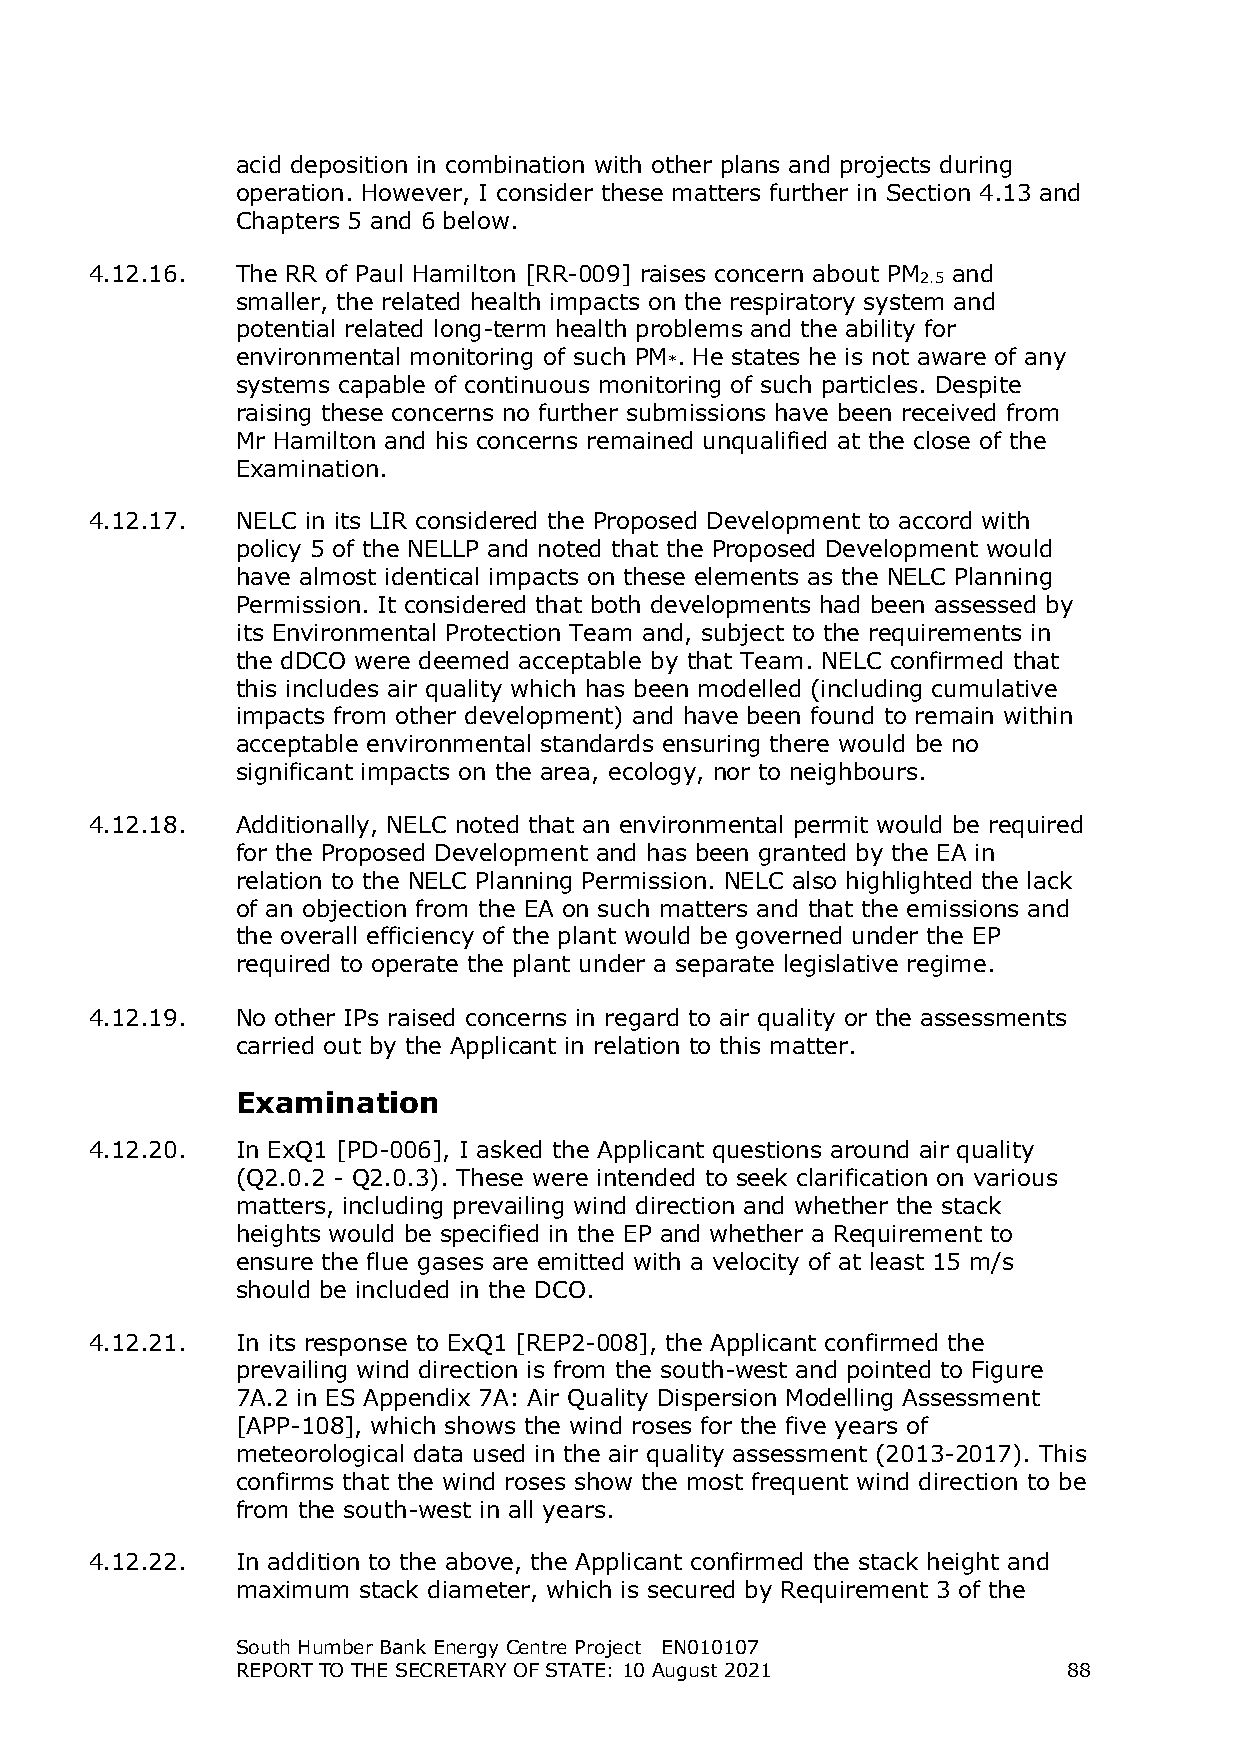
acid deposition in combination with other plans and projects during
 operation. However, I consider these matters further in Section 4.13 and
 Chapters 5 and 6 below.
 4.12.16.  The RR of Paul Hamilton [RR-009] raises concern about PM and
 2.5
 smaller, the related health impacts on the respiratory system and
 potential related long-term health problems and the ability for
 environmental monitoring of such PM . He states he is not aware of any
 *
 systems capable of continuous monitoring of such particles. Despite
 raising these concerns no further submissions have been received from
 Mr Hamilton and his concerns remained unqualified at the close of the
 Examination.
 4.12.17.  NELC in its LIR considered the Proposed Development to accord with
 policy 5 of the NELLP and noted that the Proposed Development would
 have almost identical impacts on these elements as the NELC Planning
 Permission. It considered that both developments had been assessed by
 its Environmental Protection Team and, subject to the requirements in
 the dDCO were deemed acceptable by that Team. NELC confirmed that
 this includes air quality which has been modelled (including cumulative
 impacts from other development) and have been found to remain within
 acceptable environmental standards ensuring there would be no
 significant impacts on the area, ecology, nor to neighbours.
 4.12.18.  Additionally, NELC noted that an environmental permit would be required
 for the Proposed Development and has been granted by the EA in
 relation to the NELC Planning Permission. NELC also highlighted the lack
 of an objection from the EA on such matters and that the emissions and
 the overall efficiency of the plant would be governed under the EP
 required to operate the plant under a separate legislative regime.
 4.12.19.  No other IPs raised concerns in regard to air quality or the assessments
 carried out by the Applicant in relation to this matter.
 Examination
 4.12.20.  In ExQ1 [PD-006], I asked the Applicant questions around air quality
 (Q2.0.2 - Q2.0.3). These were intended to seek clarification on various
 matters, including prevailing wind direction and whether the stack
 heights would be specified in the EP and whether a Requirement to
 ensure the flue gases are emitted with a velocity of at least 15 m/s
 should be included in the DCO.
 4.12.21.  In its response to ExQ1 [REP2-008], the Applicant confirmed the
 prevailing wind direction is from the south-west and pointed to Figure
 7A.2 in ES Appendix 7A: Air Quality Dispersion Modelling Assessment
 [APP-108], which shows the wind roses for the five years of
 meteorological data used in the air quality assessment (2013-2017). This
 confirms that the wind roses show the most frequent wind direction to be
 from the south-west in all years.
 4.12.22.  In addition to the above, the Applicant confirmed the stack height and
 maximum stack diameter, which is secured by Requirement 3 of the
 South Humber Bank Energy Centre Project EN010107
 REPORT TO THE SECRETARY OF STATE: 10 August 2021       88